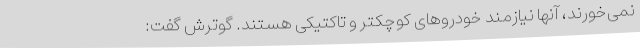
نمی‌خورند، آنها نیازمند خودروهای کوچکتر و تاکتیکی هستند. گوترش گفت: